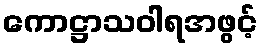
ကောဋ္ဌာသဝါရအဖွင့်